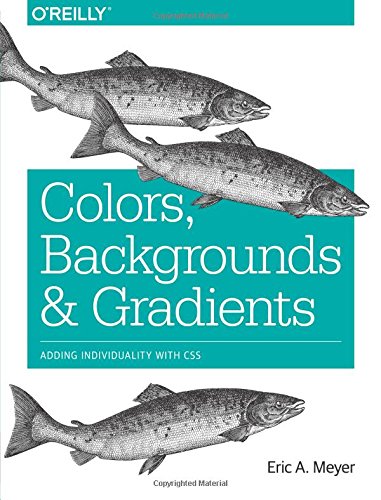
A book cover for Colors, Backgrounds, and Gradients: Adding Individuality with CSS; Eric A. Meyer; Computers & Technology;